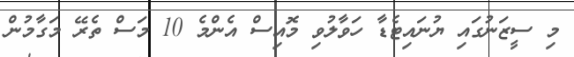
މި ސީޒަނުގައި ޔުނައިޓެޑާ ހަވާލުވި މޮއިސް އެންމެ 10 މަސް ތެރޭ މަގާމުން